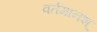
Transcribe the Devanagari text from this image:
वर्तमानश्